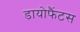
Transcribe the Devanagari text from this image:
डायोफैंटस